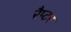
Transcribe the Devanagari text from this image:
रैप्‍टर